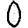
Digit: 0